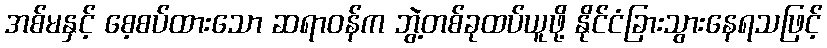
အစ်မနှင့် စေ့စပ်ထားသော ဆရာဝန်က ဘွဲ့တစ်ခုထပ်ယူဖို့ နိုင်ငံခြားသွားနေရသဖြင့်